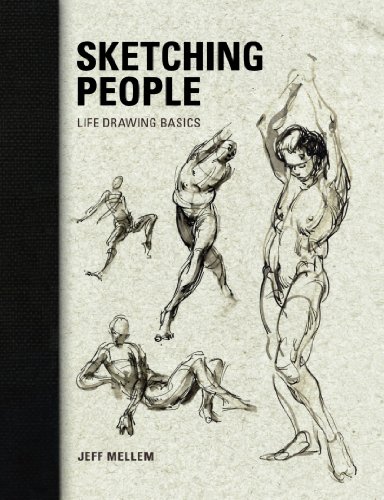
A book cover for Sketching People: Life Drawing Basics; Jeff Mellem; Arts & Photography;